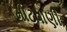
મોટવાણી